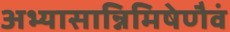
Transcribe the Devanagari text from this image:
अभ्यासान्निमिषेणैवं